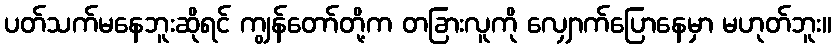
ပတ်သက်မနေဘူးဆိုရင် ကျွန်တော်တို့က တခြားလူကို လျှောက်ပြောနေမှာ မဟုတ်ဘူး။